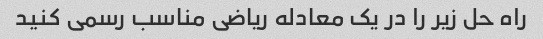
راه حل زیر را در یک معادله ریاضی مناسب رسمی کنید